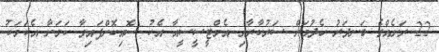
22 ރަށެއްގެ ބަނދަރު ހެދުމަށް ސަރުކާރާއި އެމްޓީސީސީއާ އެކު ސޮއިކޮށްފައިވާ ކަމަށާ އެކަމަކު